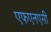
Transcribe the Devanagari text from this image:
एफएनएसी